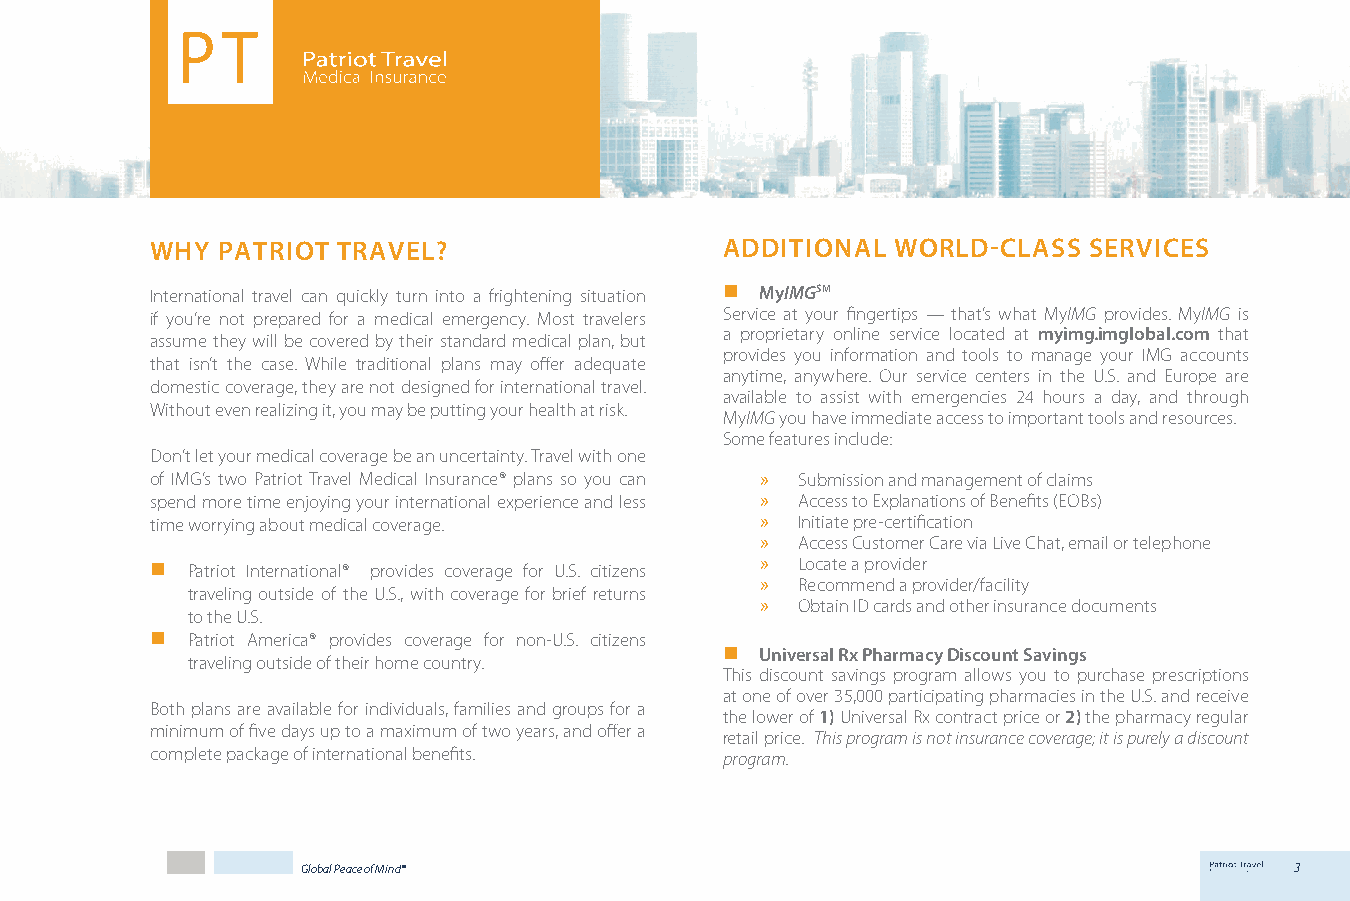
WHY PATRIOT TRAVEL?                   ADDITIONAL WORLD-CLASS  SERVICES
 International travel can quickly turn into a frightening situation  MyIMGSM
 if you’re not prepared for a medical emergency. Most travelers Service at your fingertips — that’s what MyIMG provides. MyIMG is
 a proprietary online service located at myimg.imglobal.com that
 assume they will be covered by their standard medical plan, but
 provides you information and tools to manage your IMG accounts
 that isn’t the case. While traditional plans may offer adequate
 anytime, anywhere. Our service centers in the U.S. and Europe are
 domestic coverage, they are not designed for international travel.
 available to assist with emergencies 24 hours a day, and through
 Without even realizing it, you may be putting your health at risk.
 MyIMG you have immediate access to important tools and resources.
 Some features include:
 Don’t let your medical coverage be an uncertainty. Travel with one
 of IMG’s two Patriot Travel Medical Insurance® plans so you can » Submission and management of claims
 spend more time enjoying your international experience and less » Access to Explanations of Benefits (EOBs)
 time worrying about medical coverage.   »  Initiate pre-certification
 »  Access Customer Care via Live Chat, email or telephone
  Patriot International® provides coverage for U.S. citizens » Locate a provider
 »  Recommend a provider/facility
 traveling outside of the U.S., with coverage for brief returns
 »  Obtain ID cards and other insurance documents
 to the U.S.
  Patriot America® provides coverage for non-U.S. citizens
  Universal Rx Pharmacy Discount Savings
 traveling outside of their home country.
 This discount savings program allows you to purchase prescriptions
 at one of over 35,000 participating pharmacies in the U.S. and receive
 Both plans are available for individuals, families and groups for a
 the lower of 1) Universal Rx contract price or 2) the pharmacy regular
 minimum of five days up to a maximum of two years, and offer a
 retail price. This program is not insurance coverage; it is purely a discount
 complete package of international benefits. program.
 Global Peace of Mind®                                             3